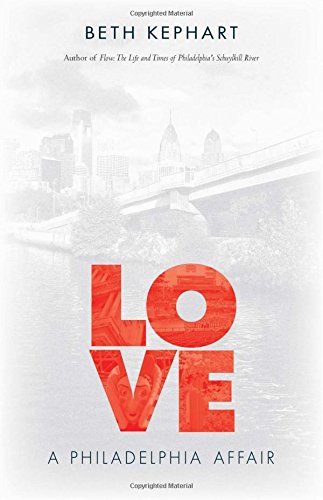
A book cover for Love: A Philadelphia Affair; Beth Kephart; Travel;